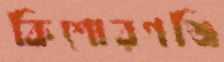
কিশোরগঞ্জি